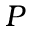
P